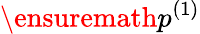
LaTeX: \ensuremath{p^{(1)}}